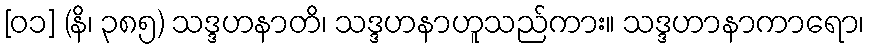
[၀၁] (နိ၊ ၃၈၅) သဒ္ဒဟနာတိ၊ သဒ္ဒဟနာဟူသည်ကား။ သဒ္ဒဟာနာကာရော၊